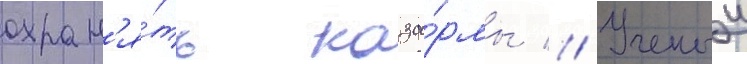
охран'я́ть каза́рмы // Ученыи